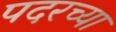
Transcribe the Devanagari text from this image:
पदरच्या